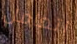
اتعامل